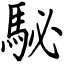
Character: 駜